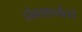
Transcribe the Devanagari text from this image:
डोक्यापर्यंतचे